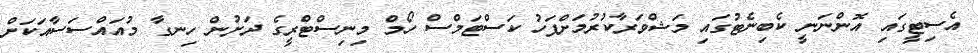
އެސިޓީގައި އޮންނަނީ ކެބިނެޓުގައި މަޝްވަރާކުރުމަށްފަހު ކަސްޓަމްސް ހޯމް މިނިސްޓްރީގެ ދަށުން ހިނގާ މުއައްސަސާއަކަށް